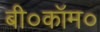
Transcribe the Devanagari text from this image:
बी०कॉम०